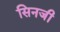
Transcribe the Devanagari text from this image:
सिनजी